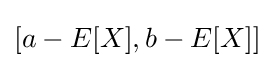
[a-E[X],b-E[X]]